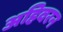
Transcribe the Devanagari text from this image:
अहिवरन